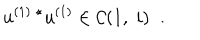
u ^ { ( 1 ) \; \star } u ^ { ( 1 ) } \in { \cal C } ( 1 , \; i ) \; \; .